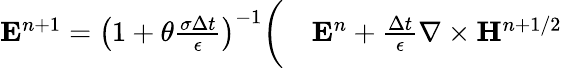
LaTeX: \begin{array}{rl}{{\mathbf E}^{n+1}=\left(1+\theta\frac{\sigma\Delta t}{\epsilon}\right)^{-1}\bigg(}&{{}{\mathbf E}^{n}+\frac{\Delta t}{\epsilon}\nabla\times{\mathbf H}^{n+1/2}}\end{array}